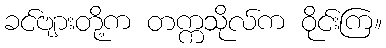
ခင်ဗျားတို့က တက္ကသိုလ်က ဝိုင်းကြ။